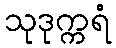
သုဒုက္ကရံ